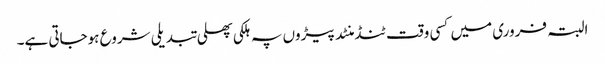
البتہ فروری میں کسی وقت ٹنڈ منٹد پیڑوں پہ ہلکی پھلی تبدیلی شروع ہوجاتی ہے۔